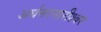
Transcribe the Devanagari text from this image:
अर्धनरनारीश्वर